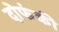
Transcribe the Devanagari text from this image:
दोफंकी